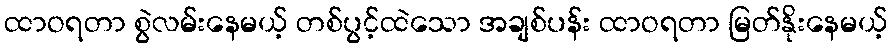
ထာဝရတာ စွဲလမ်းနေမယ့် တစ်ပွင့်ထဲသော အချစ်ပန်း ထာဝရတာ မြတ်နိုးနေမယ့်